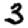
Digit: 3